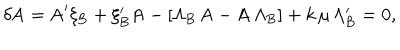
LaTeX: \delta \mathrm { A } = \mathrm { A } ^ { \prime } \xi _ { \mathrm { B } } + \xi _ { \mathrm { B } } ^ { \prime } \mathrm { A } - [ \Lambda _ { \mathrm { B } } \, \mathrm { A } - \mathrm { A \, } \Lambda _ { \mathrm { B } } ] + k \, \mu \, \Lambda _ { \mathrm { B } } ^ { \prime } = 0 ,